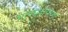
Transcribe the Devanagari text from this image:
भावप्रक्षेपण